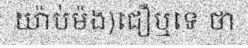
យ៉ាប់ម៉ង)ជឿឬទេ ថា